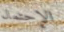
الإحتمال